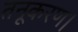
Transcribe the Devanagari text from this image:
तनूकरण।